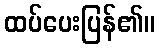
ထပ်ပေးပြန်၏။